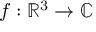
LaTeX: f : \mathbb { R } ^ { 3 } \to \mathbb { C }